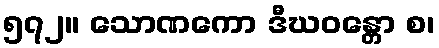
၅၇၂။ သောဏကော ဒီဃဝန္တော စ၊